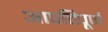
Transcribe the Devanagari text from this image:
आपत्तिपूर्ण